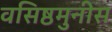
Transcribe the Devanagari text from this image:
वसिष्ठमुनीस